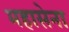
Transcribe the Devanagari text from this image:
महासेना